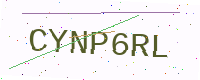
Text: CYNP6RL